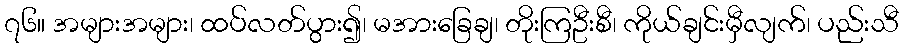
၇၆။ အများအများ၊ ထပ်လတ်ပွား၍၊ မအားခြေချ၊ တိုးကြဦးစီ၊ ကိုယ်ချင်းမှီလျက်၊ ပည်းသီ